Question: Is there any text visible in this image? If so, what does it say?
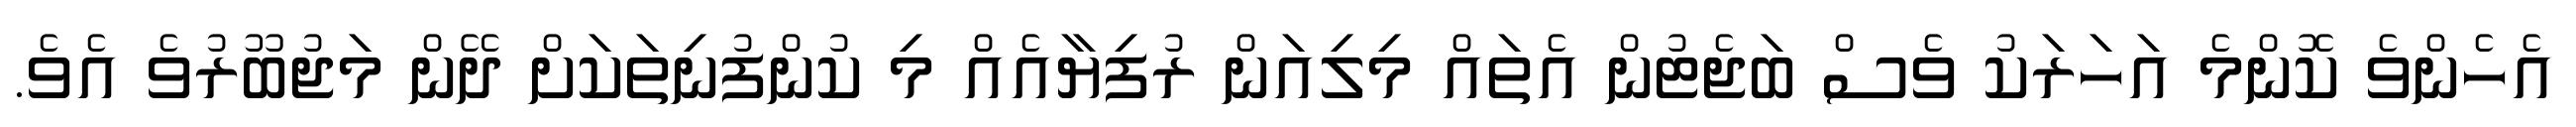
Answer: އެހެންވެ ކޮންމެ އަހަރަކު ވެސް ބަޖެޓުން އެތައް މިލިއަން ރުފިޔާއެއް މި ކުންފުނިތަކަށް ދޭން މަޖުބޫރުވެ އެވެ.